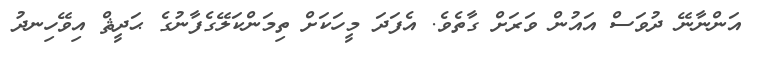
އަންނާނޭ ދުވަސް އައުން ވަރަށް ގާތެވެ. އެފަދަ މީހަކަށް ތިމަންކަލޭގެފާނުގެ ޙަދީޘް އިވޭހިނދު